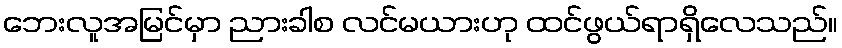
ဘေးလူအမြင်မှာ ညားခါစ လင်မယားဟု ထင်ဖွယ်ရာရှိလေသည်။